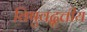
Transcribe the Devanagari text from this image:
विषुवद्वृत्तीय